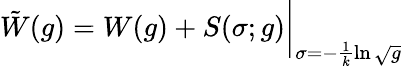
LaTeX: \tilde{W}(g)=W(g)+S(\sigma;g)\bigg\vert_{\sigma=-\frac{1}{k}\ln\sqrt{g}}